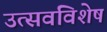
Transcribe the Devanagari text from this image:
उत्सवविशेष